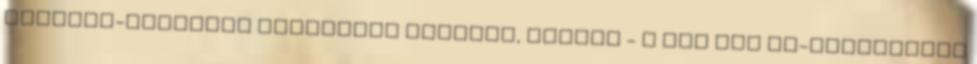
francia-ausztrál mérkőzést Moszkva, Kazany - A két éve Eb-ezüstérmes